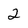
Character: 2